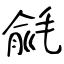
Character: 毹